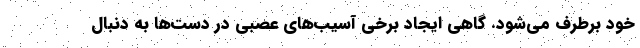
خود برطرف می‌شود. گاهی ایجاد برخی آسیب‌های عصبی در دست‌ها به دنبال